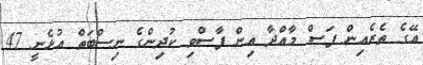
އޭގެ ތެރެއިން ފަސް މާއްދާ އިން ފާސްވި ކުދިންގެ ނިސްބަތް އުޅެނީ 47